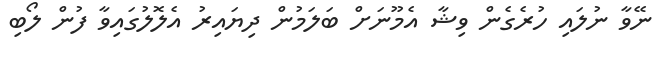
ނޭވާ ނުލައި ހުރެގެން ވިޝާ އެމޫނަށް ބަލަމުން ދިޔައިރު އެލޮލުގައިވާ ފުން ލޯބި